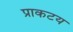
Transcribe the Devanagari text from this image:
प्राकटय